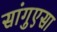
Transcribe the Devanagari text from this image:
सांगुएसा